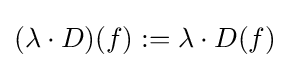
(\lambda \cdot D)(f):=\lambda \cdot D(f)